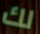
لك